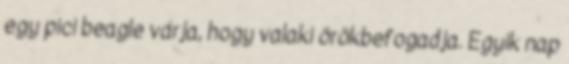
egy pici beagle várja, hogy valaki örökbefogadja. Egyik nap